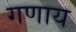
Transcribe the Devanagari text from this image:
गणाय